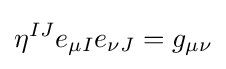
\eta ^{IJ}e_{\mu I}e_{\nu J}=g_{\mu \nu }